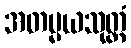
အတမ္မယသုတ္တံ